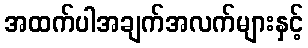
အထက်ပါအချက်အလက်များနှင့်